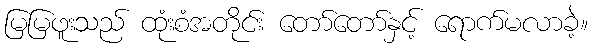
မြမြဖူးသည် ထုံးစံအတိုင်း တော်တော်နှင့် ရောက်မလာခဲ့။